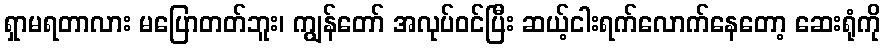
ရှာမရတာလား မပြောတတ်ဘူး၊ ကျွန်တော် အလုပ်ဝင်ပြီး ဆယ့်ငါးရက်လောက်နေတော့ ဆေးရုံကို